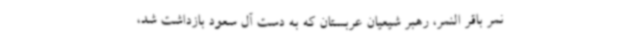
نمر باقر النمر، رهبر شیعیان عربستان که به دست آل سعود بازداشت شد،